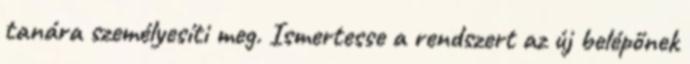
tanára személyesíti meg. Ismertesse a rendszert az új belépőnek